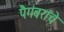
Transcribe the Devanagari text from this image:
पैगंबरांचे